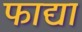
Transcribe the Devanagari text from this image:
फाद्या